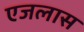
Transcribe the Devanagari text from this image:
एजलास